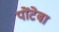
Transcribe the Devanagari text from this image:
पोंटेबा